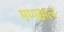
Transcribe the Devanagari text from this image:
मणक्कल